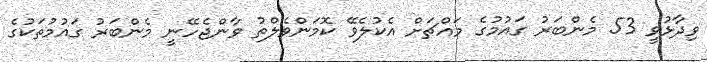
ވިދާޅުވީ 53 މެންބަރު ގައުމުގެ މައްޗަށް އެކުލެވޭ ކޮމަންވެލްތު ވާންޖެހޭނީ މެންބަރު ގައުމުތަކުގެ